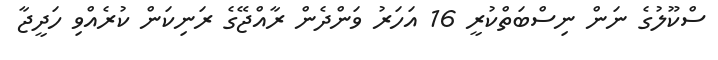
ސްކޫލުގެ ނަން ނިސްބަތްކުރީ 16 އަހަރު ވަންދެން ރާއްޖޭގެ ރަނިކަން ކުރެއްވި ހަދީޖާ